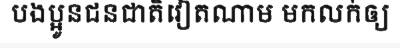
បងប្អូនជនជាតិវៀតណាម មកលក់ឲ្យ